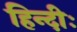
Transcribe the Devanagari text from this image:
हिन्दीः